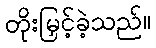
တိုးမြှင့်ခဲ့သည်။